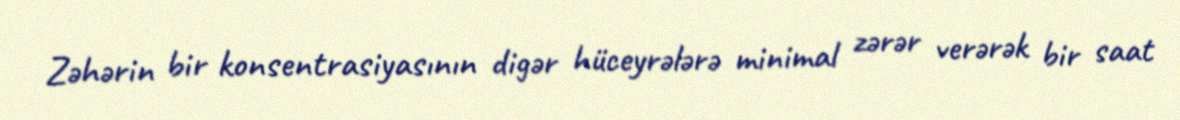
Zəhərin bir konsentrasiyasının digər hüceyrələrə minimal zərər verərək bir saat